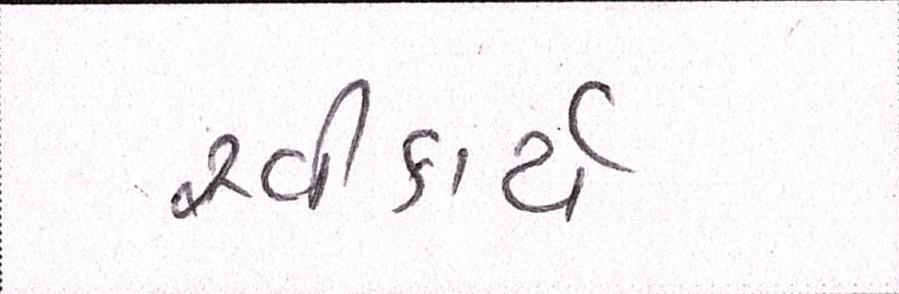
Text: સ્વીકાર્ય